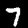
Digit: 7